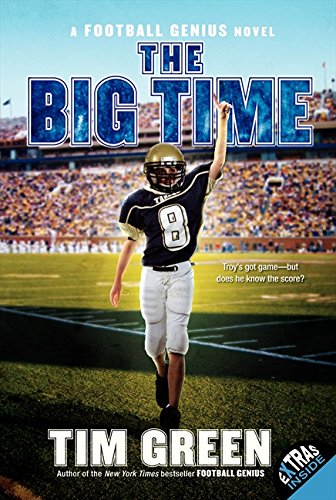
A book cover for The Big Time (Football Genius); Tim Green; Children's Books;